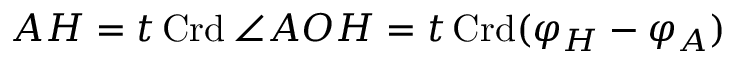
A H = t \operatorname { C r d } \angle A O H = t \operatorname { C r d } ( \varphi _ { H } - \varphi _ { A } )